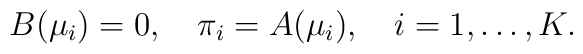
B(\mu_i)=0,\quad \pi_i=A(\mu_i),\quad i=1,\ldots,K.